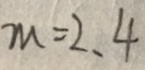
m = 2 、 4